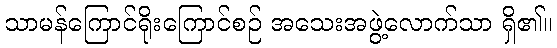
သာမန်ကြောင်ရိုးကြောင်စဉ် အသေးအဖွဲ့လောက်သာ ရှိ၏။